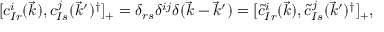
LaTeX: [ c _ { I r } ^ { i } ( \vec { k } ) , c _ { I s } ^ { j } ( \vec { k } ^ { \prime } ) ^ { \dagger } ] _ { + } = \delta _ { r s } \delta ^ { i j } \delta ( \vec { k } - \vec { k } ^ { \prime } ) = [ \tilde { c } _ { I r } ^ { i } ( \vec { k } ) , \tilde { c } _ { I s } ^ { j } ( \vec { k } ^ { \prime } ) ^ { \dagger } ] _ { + } ,